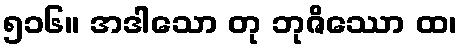
၅၁၆။ အဒါသော တု ဘုဇိဿော ထ၊